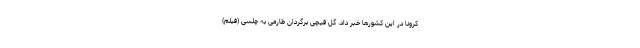
کرونا در این کشورها خبر داد. گل قیچی برگردان طارمی به چلسی (فیلم)